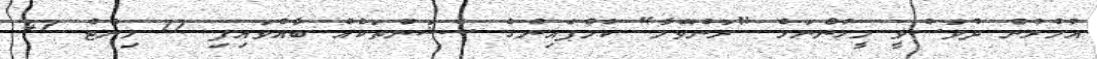
އުމުރުން ދުވަސްވީ މީހުންނަށް "ރަންވޭލާ" ކެމްޕެއިންގެ ސެޝަންތަކެއް ބާއްވައިފި 17 މިނެޓް 47